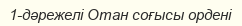
1-дәрежелі Отан соғысы ордені